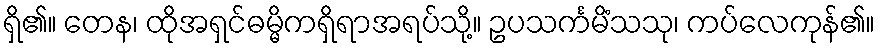
ရှိ၏။ တေန၊ ထိုအရှင်ဓမ္မိကရှိရာအရပ်သို့။ ဥပသင်္ကမိံသသု၊ ကပ်လေကုန်၏။